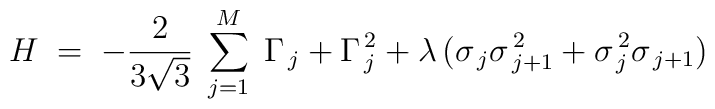
H\; =\; - \frac{2}{3\sqrt{3}}\; \sum_{j=1}^{M}\; \Gamma_{\, j} +\Gamma_{\,j}^{\, 2} + \lambda\, ( \sigma_{\, j}\sigma_{\, j+1}^{\, 2}+ \sigma_{\, j}^{\,2}\sigma_{\, j+1} )